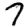
Digit: 7